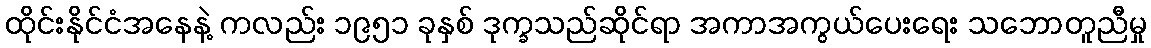
ထိုင်းနိုင်ငံအနေနဲ့ ကလည်း ၁၉၅၁ ခုနှစ် ဒုက္ခသည်ဆိုင်ရာ အကာအကွယ်ပေးရေး သဘောတူညီမှု